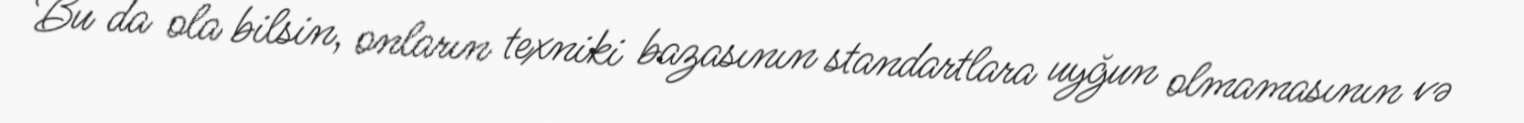
Bu da ola bilsin, onların texniki bazasının standartlara uyğun olmamasının və